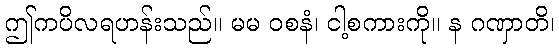
ဤကပိလရဟန်းသည်။ မမ ဝစနံ၊ ငါ့စကားကို။ န ဂဏှာတိ၊